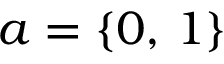
a = \{ 0 , \, 1 \}